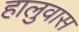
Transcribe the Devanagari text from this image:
हालुवास